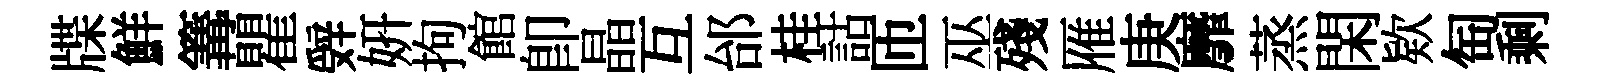
牒鮮篝瞿辤妍拘館卽晶互邰桂詁匝巫殘雁庚靡蒸閑欵匋剩